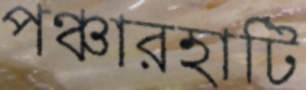
পঞ্চারহাটি